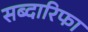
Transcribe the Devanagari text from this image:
सब्दारिफा